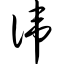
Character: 讳